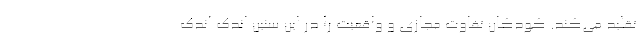
تقلید می‌کند. کودکان تفاوت مجازی و واقعیت را در این سنین اندک اندک